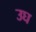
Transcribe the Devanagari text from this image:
उघ